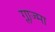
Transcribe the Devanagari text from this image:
ग्लाज्मा